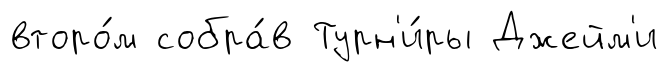
второ́м собра́в Турн'и́ры Джейм'и